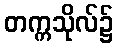
တက္ကသိုလ်၌